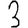
Digit: 3